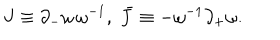
J \equiv \partial _ { - } \omega \, \omega ^ { - 1 } , \; \bar { J } \equiv - \omega ^ { - 1 } \partial _ { + } \omega .